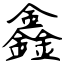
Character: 鑫